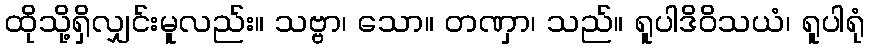
ထိုသို့ရှိလျှင်းမူလည်း။ သဗ္ဗာ၊ သော။ တဏှာ၊ သည်။ ရူပါဒိဝိသယံ၊ ရူပါရုံ